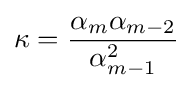
\kappa ={\frac {\alpha _{m}\alpha _{m-2}}{\alpha _{m-1}^{2}}}